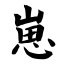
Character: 崽